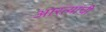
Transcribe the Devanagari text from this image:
आरत्याची